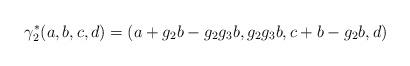
LaTeX: \begin{align*}\gamma_2^*(a,b,c,d)=(a+g_2b-g_2g_3b,g_2g_3b,c+b-g_2b,d)\end{align*}